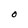
Character: O